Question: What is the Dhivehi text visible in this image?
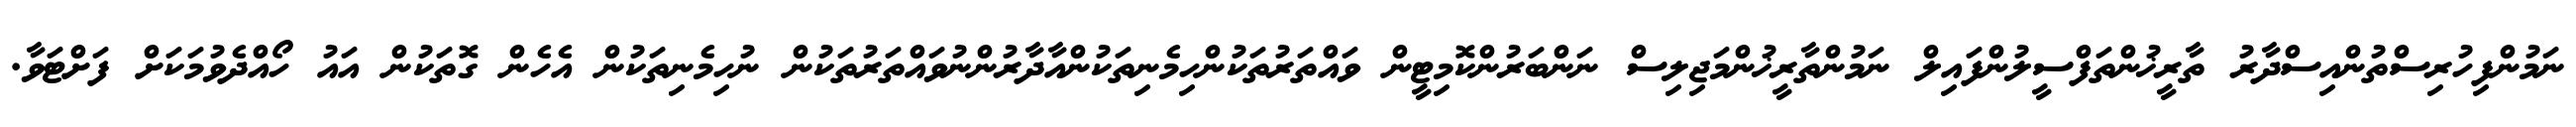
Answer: ނަމުންފިހުރިސްތުންއިސްދާރު ތާރީޚުންތަފްސީލުންފައިލް ނަމުންތާރީޚުންމަޖިލިސް ނަންބަރުންކޮމިޓީން ވައްތަރުތަކުންހިމެނިތަކުންއާދާރުންނުވައްތަރުތަކުން ނުހިމެނިތަކުން އެހެން ގޮތަކުން އައު ހޯއްދެވުމަކަށް ފަށްޓަވާ.